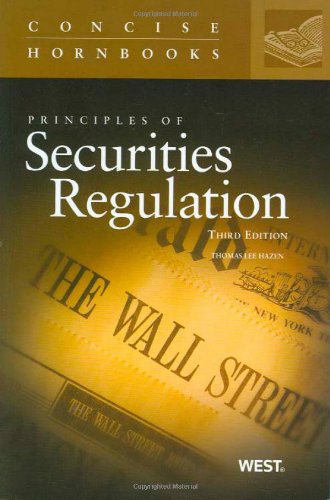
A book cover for Principles of Securities Regulation (Concise Hornbook Series); Thomas Hazen; Law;